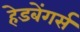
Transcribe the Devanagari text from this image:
हेडबेंगर्स